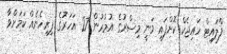
ފްލައިޓް ހައިޖެކް ކޮށްފައި ވަނީ މިސްރުގެ އުމުރުން 27 އަހަރުގެ ފިރިހެނެއް ކަމަށްވާ